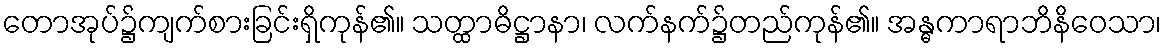
တောအုပ်၌ကျက်စားခြင်းရှိကုန်၏။ သတ္ထာဓိဋ္ဌာနာ၊ လက်နက်၌တည်ကုန်၏။ အန္ဓကာရာဘိနိဝေသာ၊